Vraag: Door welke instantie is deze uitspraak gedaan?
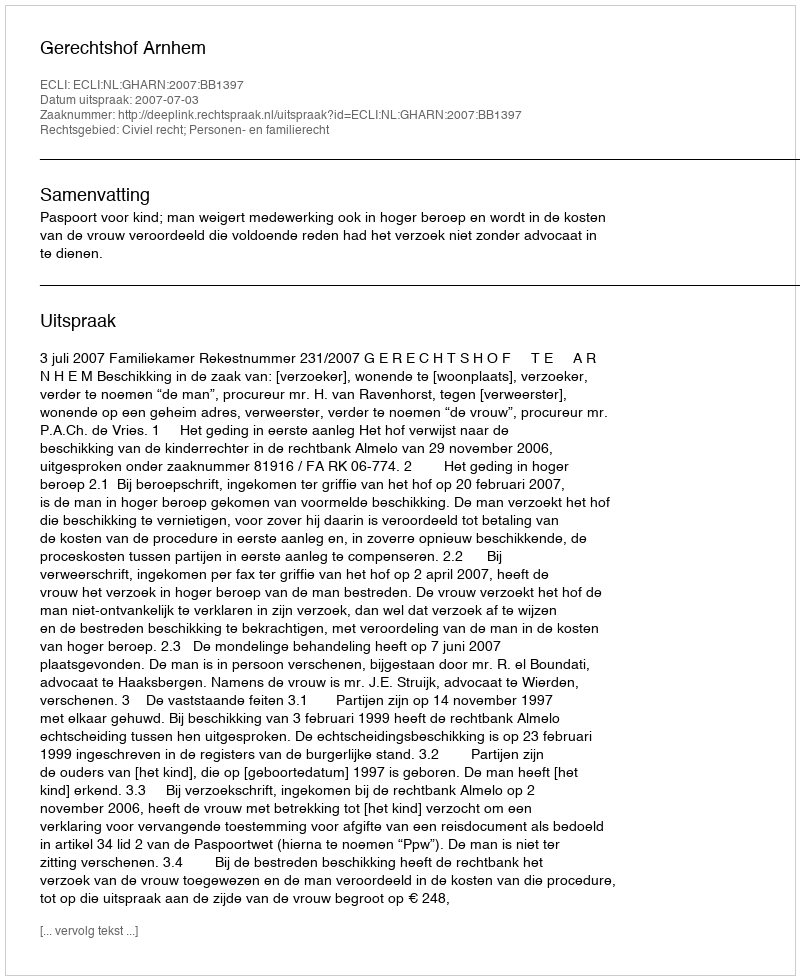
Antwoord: Gerechtshof Arnhem